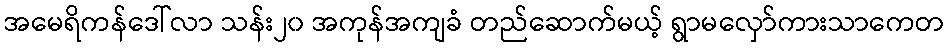
အမေရိကန်ဒေါ်လာ သန်း၂၀ အကုန်အကျခံ တည်ဆောက်မယ့် ရွာမလှော်ကားသာကေတ